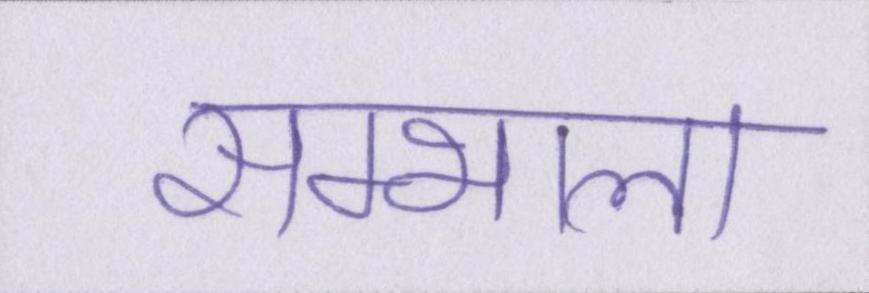
सम्भाला